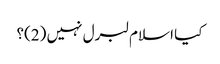
کیا اسلام لبرل نہیں (2)؟